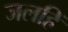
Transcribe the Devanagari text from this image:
जलहिं